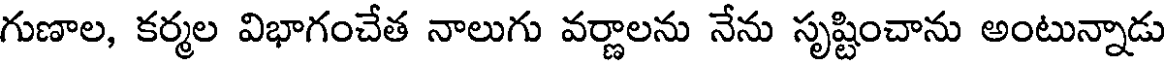
గుణాల, కర్మల విభాగంచేత నాలుగు వర్ణాలను నేను సృష్టించాను అంటున్నాడు